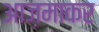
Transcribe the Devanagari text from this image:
आज़माकर